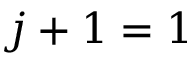
j + 1 = 1